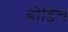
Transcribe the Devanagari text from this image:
डोडिच